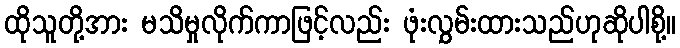
ထိုသူတို့အား မသိမှုလိုက်ကာဖြင့်လည်း ဖုံးလွှမ်းထားသည်ဟုဆိုပါစို့။